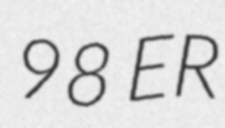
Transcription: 98 ER